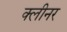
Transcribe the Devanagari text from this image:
क्‍लीनर